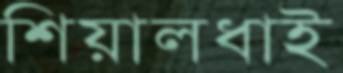
শিয়ালধাই